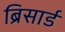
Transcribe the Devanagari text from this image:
ब्रिसार्ड